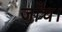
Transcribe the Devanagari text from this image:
जाँच।